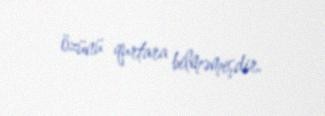
özünü qurtara bilməmişdir.